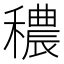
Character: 穠